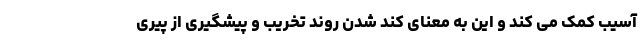
آسیب کمک می کند و این به معنای کند شدن روند تخریب و پیشگیری از پیری